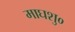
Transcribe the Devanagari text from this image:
माघशु०